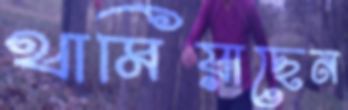
থামিয়াছেন